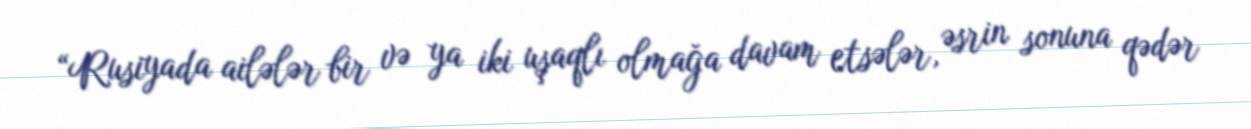
“Rusiyada ailələr bir və ya iki uşaqlı olmağa davam etsələr, əsrin sonuna qədər